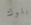
بلوك